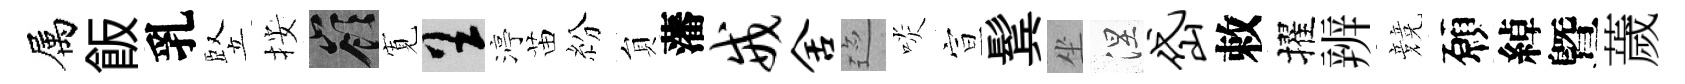
属飯乳竪按嶺𡩖呈渟苗紛貟藩戒舍迹啖宣鬂坐涅岱敕擢辨競願綽曁薉